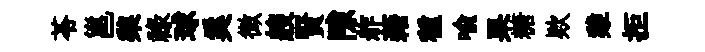
苓邕棃祿球奚微艘賢隙舴藉種喩果糖欵雞拒